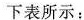
下表所示：